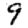
Digit: 9